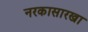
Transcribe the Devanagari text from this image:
नरकासारखा